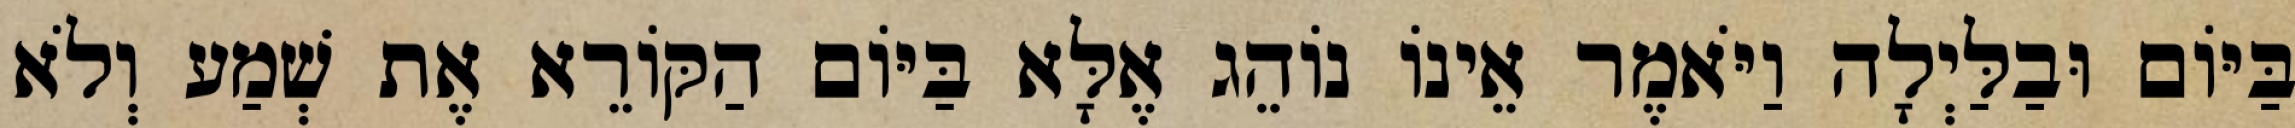
בַּיּוֹם וּבַלַּיְלָה וַיֹּאמֶר אֵינוֹ נוֹהֵג אֶלָּא בַּיּוֹם הַקּוֹרֵא אֶת שְׁמַע וְלֹא